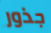
جذور